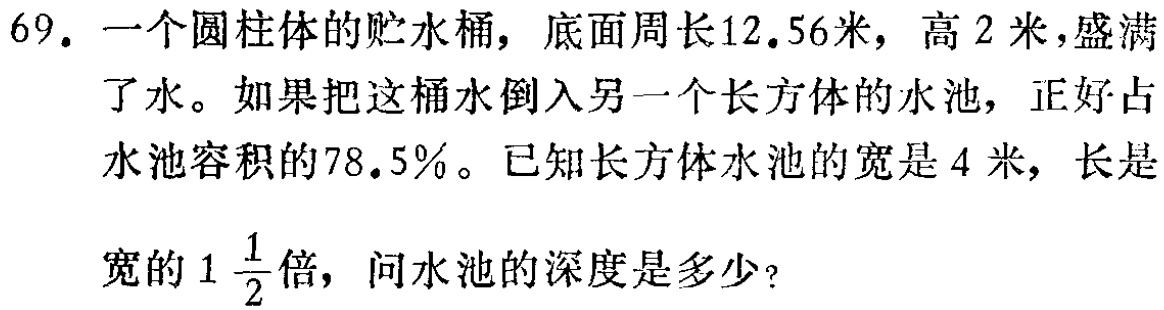
69. 一个圆柱体的贮水桶，底面周长\(12.56\)米，高\(2\)米，盛满了水。如果把这桶水倒入另一个长方体的水池，正好占水池容积的\(78.5\%\)。已知长方体水池的宽是\(4\)米，长是宽的\(1\frac{1}{2}\)倍，问水池的深度是多少？